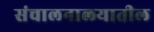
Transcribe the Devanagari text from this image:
संचालनालयातील